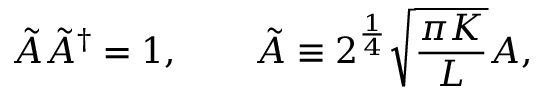
\tilde { A } \tilde { A } ^ { \dagger } = 1 , \qquad \tilde { A } \equiv 2 ^ { \frac { 1 } { 4 } } \sqrt { \frac { \pi K } { L } } A ,